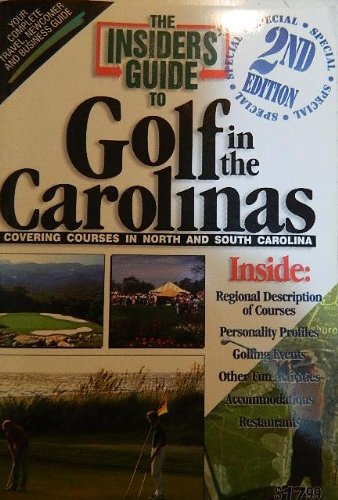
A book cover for The Insiders' Guide to Golf in the Carolinas; Mitch Willard; Travel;